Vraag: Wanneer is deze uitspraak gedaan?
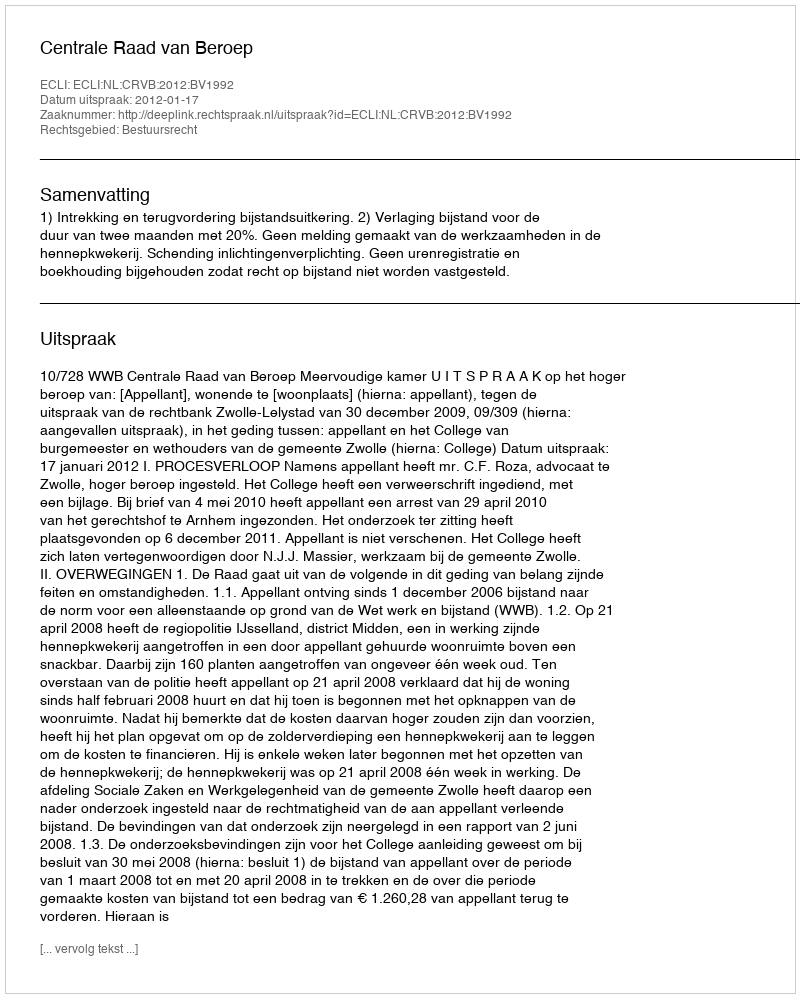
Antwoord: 2012-01-17